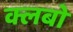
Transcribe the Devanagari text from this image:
क्लबो